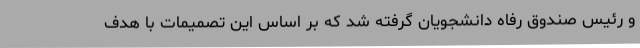
و رئیس صندوق رفاه دانشجویان گرفته شد که بر اساس این تصمیمات با هدف